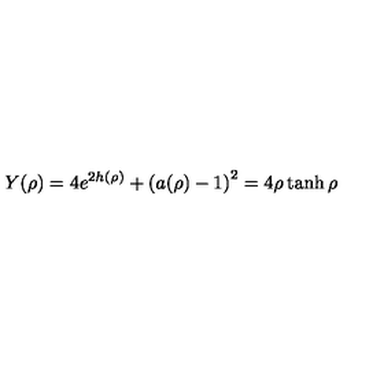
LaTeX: Y ( \rho ) = 4 e ^ { 2 h ( \rho ) } + \left( a ( \rho ) - 1 \right) ^ { 2 } = 4 \rho \tanh \rho \quad